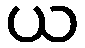
ယ